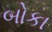
બોકા